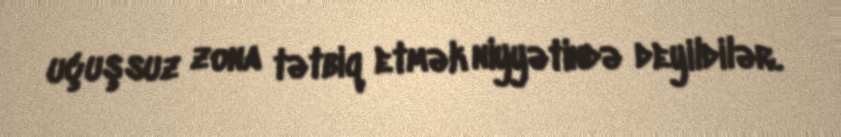
uçuşsuz zona tətbiq etmək niyyətində deyildilər.